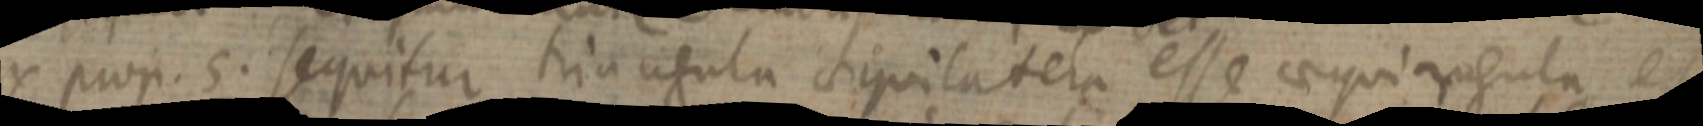
Ex prop. 5. sequitur triangula aequilatera esse aequiangula et